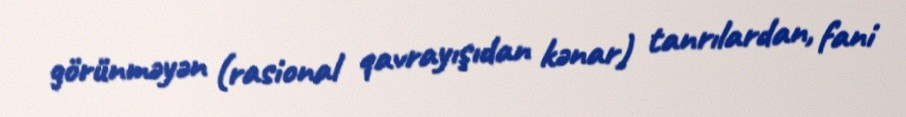
görünməyən (rasional qavrayışıdan kənar) tanrılardan, fani